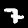
Digit: 7